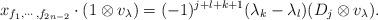
LaTeX: \begin{align*} x_{f_1,\cdots,f_{2n-2}}\cdot (1\otimes v_{\lambda})=(-1)^{j+l+k+1}(\lambda_k-\lambda_l) (D_j\otimes v_{\lambda}).\end{align*}